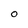
Character: O